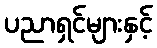
ပညာရှင်များနှင့်